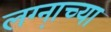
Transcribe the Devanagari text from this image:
लग्ना़च्या